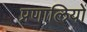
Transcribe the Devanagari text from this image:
प्रणालियों